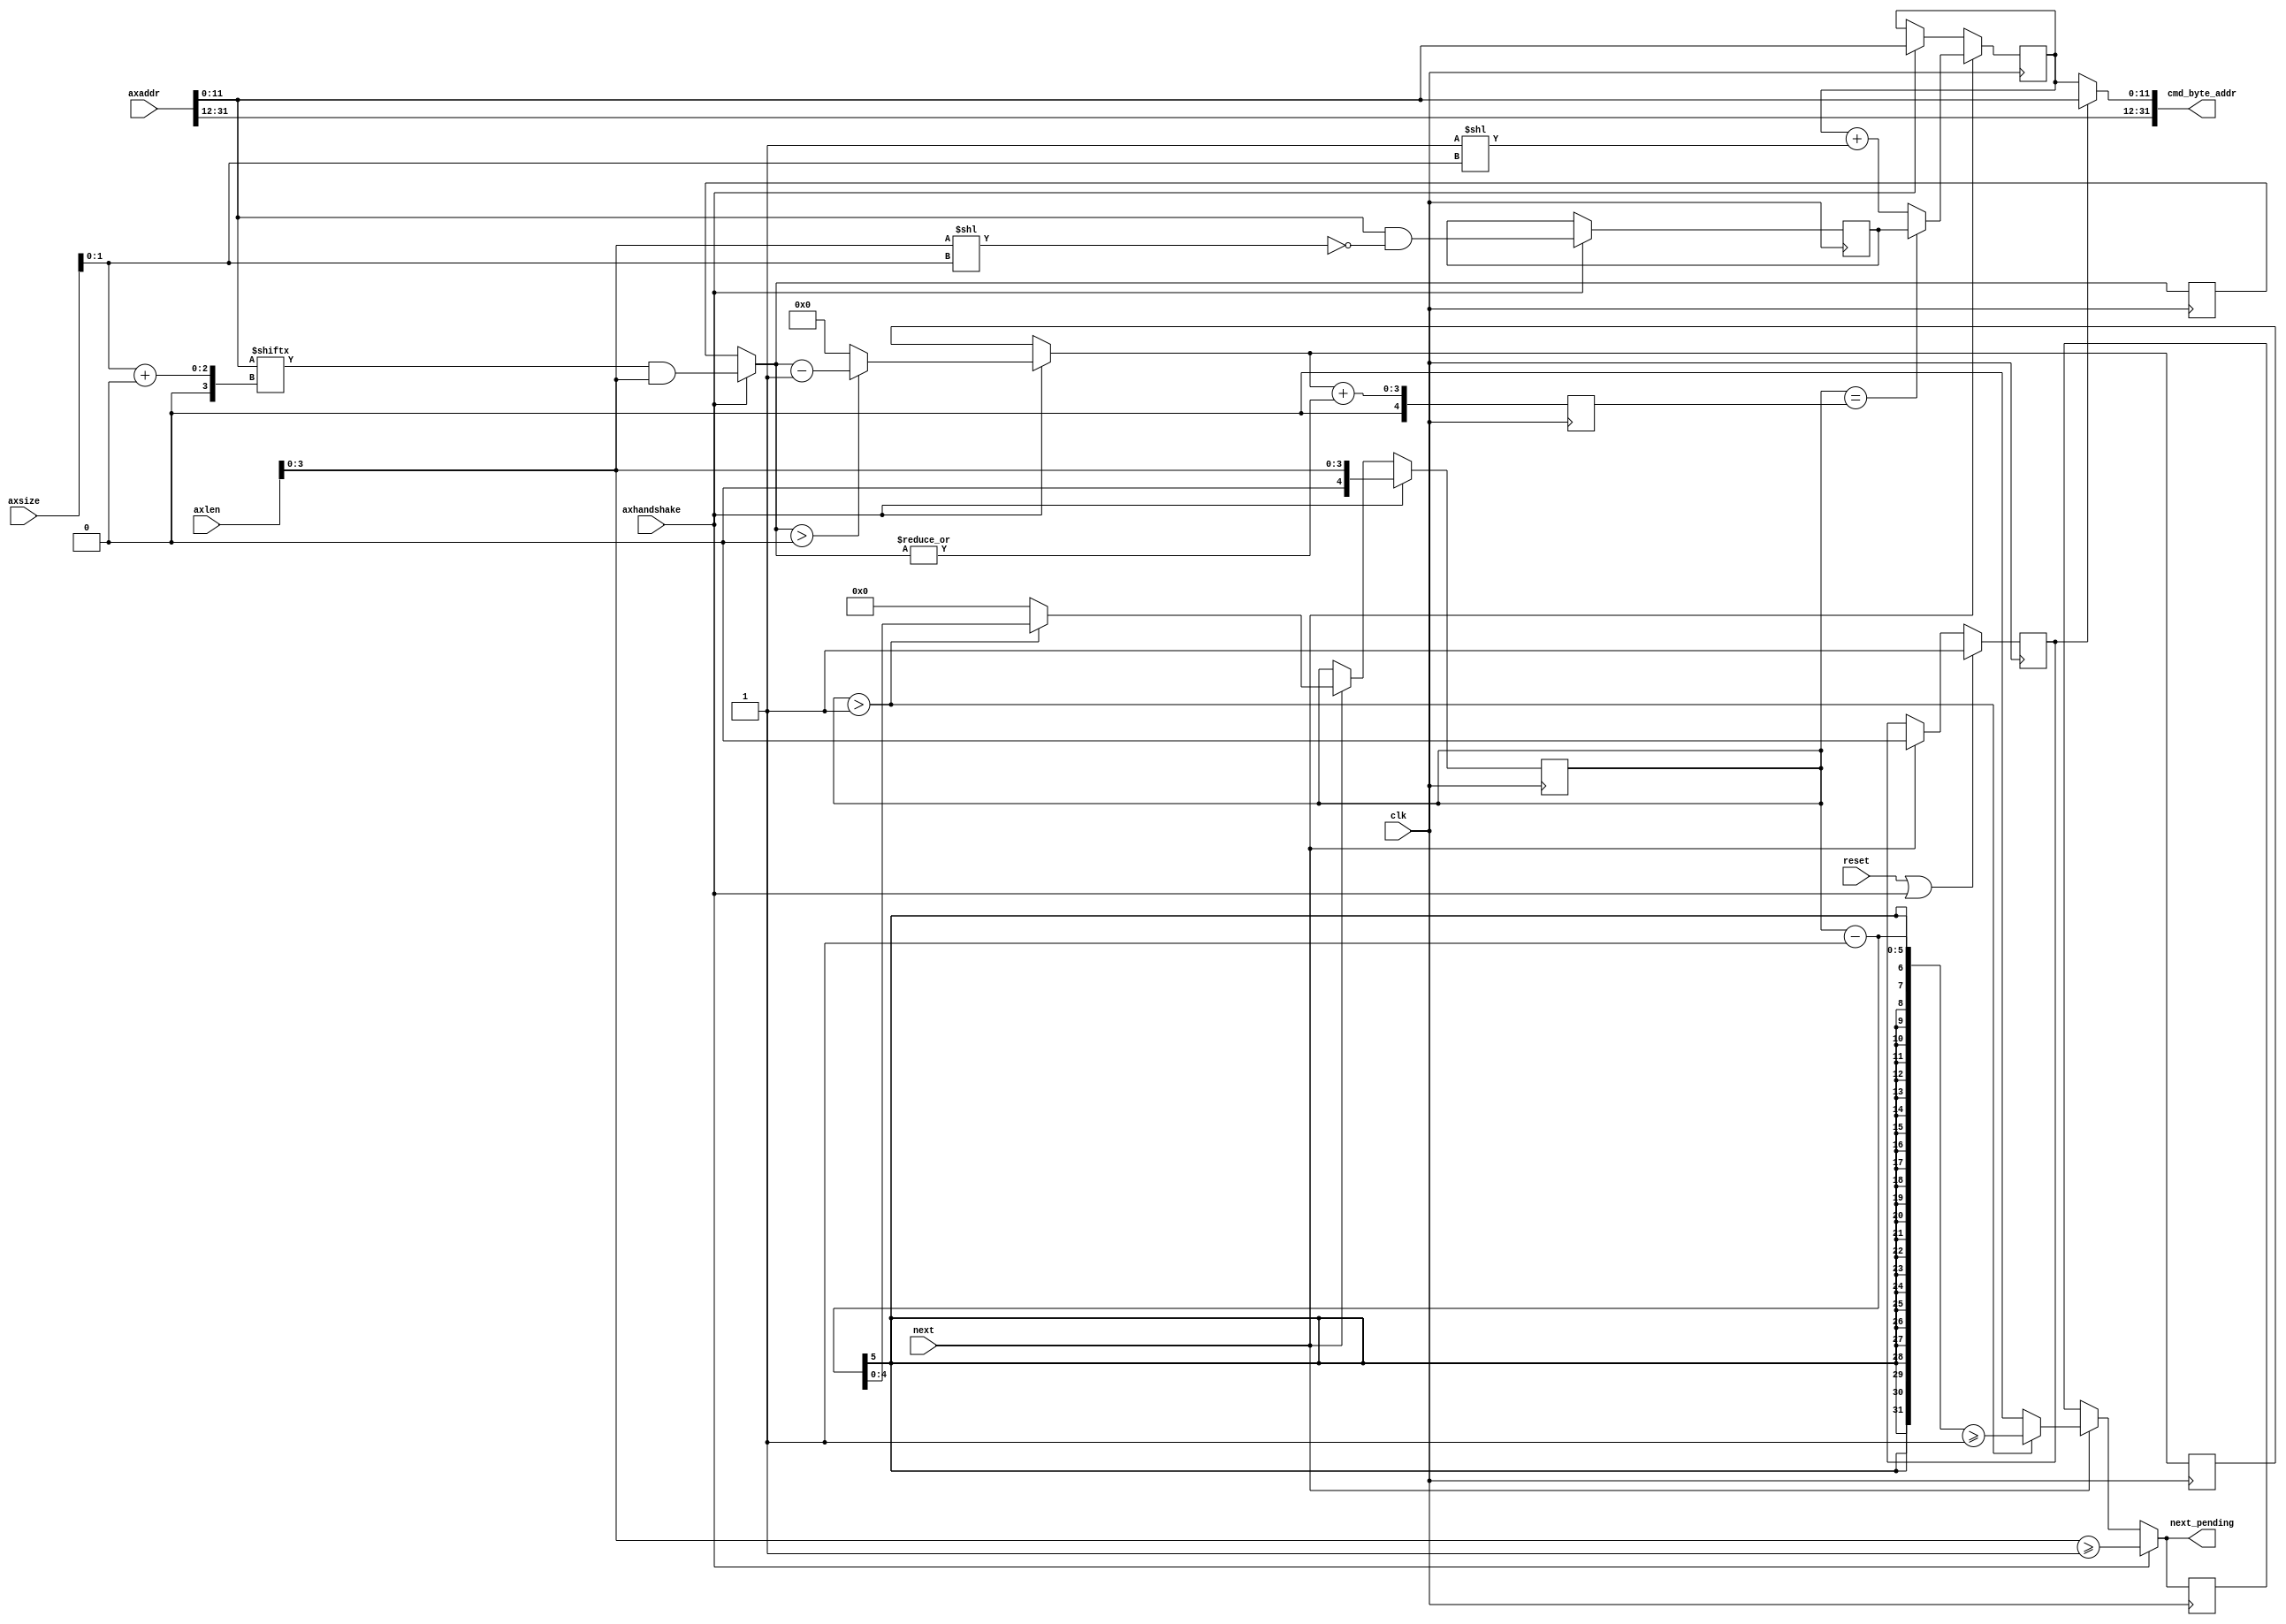
///////////////////////////////////////////////////////////////////////////////
//
//
///////////////////////////////////////////////////////////////////////////////

`timescale 1ps/1ps
`default_nettype none

(* DowngradeIPIdentifiedWarnings="yes" *) 
module axi_protocol_converter_v2_1_7_b2s_wrap_cmd #
(
///////////////////////////////////////////////////////////////////////////////
// Parameter Definitions
///////////////////////////////////////////////////////////////////////////////
                    // Width of AxADDR
                    // Range: 32.
  parameter integer C_AXI_ADDR_WIDTH            = 32
)
(
///////////////////////////////////////////////////////////////////////////////
// Port Declarations     
///////////////////////////////////////////////////////////////////////////////
  input  wire                                 clk           , 
  input  wire                                 reset         , 
  input  wire [C_AXI_ADDR_WIDTH-1:0]          axaddr        , 
  input  wire [7:0]                           axlen         , 
  input  wire [2:0]                           axsize        , 
  // axhandshake = axvalid & axready
  input  wire                                 axhandshake   , 
  output wire [C_AXI_ADDR_WIDTH-1:0]          cmd_byte_addr , 

  // Connections to/from fsm module
  // signal to increment to the next mc transaction 
  input  wire                                 next          , 
  // signal to the fsm there is another transaction required
  output reg                                  next_pending 

);
////////////////////////////////////////////////////////////////////////////////
// Wire and register declarations
////////////////////////////////////////////////////////////////////////////////
reg                         sel_first;
wire [11:0]                 axaddr_i;
wire [3:0]                  axlen_i;
reg  [11:0]                 wrap_boundary_axaddr;
reg  [3:0]                  axaddr_offset;
reg  [3:0]                  wrap_second_len;
reg  [11:0]                 wrap_boundary_axaddr_r;
reg  [3:0]                  axaddr_offset_r;
reg  [3:0]                  wrap_second_len_r;
reg  [4:0]                  axlen_cnt;
reg  [4:0]                  wrap_cnt_r;
wire [4:0]                  wrap_cnt;
reg  [11:0]                 axaddr_wrap;
reg                         next_pending_r;

localparam    L_AXI_ADDR_LOW_BIT = (C_AXI_ADDR_WIDTH >= 12) ? 12 : 11;

////////////////////////////////////////////////////////////////////////////////
// BEGIN RTL
////////////////////////////////////////////////////////////////////////////////
generate
  if (C_AXI_ADDR_WIDTH > 12) begin : ADDR_GT_4K
    assign cmd_byte_addr = (sel_first) ? axaddr : {axaddr[C_AXI_ADDR_WIDTH-1:L_AXI_ADDR_LOW_BIT],axaddr_wrap[11:0]};
  end else begin : ADDR_4K
    assign cmd_byte_addr = (sel_first) ? axaddr : axaddr_wrap[11:0];
  end
endgenerate

assign axaddr_i = axaddr[11:0];
assign axlen_i = axlen[3:0];

// Mask bits based on transaction length to get wrap boundary low address
// Offset used to calculate the length of each transaction
always @( * ) begin
  if(axhandshake) begin
    wrap_boundary_axaddr = axaddr_i & ~(axlen_i << axsize[1:0]);
    axaddr_offset = axaddr_i[axsize[1:0] +: 4] & axlen_i;
  end else begin
    wrap_boundary_axaddr = wrap_boundary_axaddr_r;
    axaddr_offset = axaddr_offset_r; 
  end
end

//    case (axsize[1:0])
//      2'b00   : axaddr_offset = axaddr_i[4:0] & axlen_i;
//      2'b01   : axaddr_offset = axaddr_i[5:1] & axlen_i;
//      2'b10   : axaddr_offset = axaddr_i[6:2] & axlen_i;
//      2'b11   : axaddr_offset = axaddr_i[7:3] & axlen_i;
//      default : axaddr_offset = axaddr_i[7:3] & axlen_i;
//    endcase

// The first and the second command from the wrap transaction could
// be of odd length or even length with address offset. This will be 
// an issue with BL8, extra transactions have to be issued.
// Rounding up the length to account for extra transactions. 
always @( * ) begin
  if(axhandshake) begin
    wrap_second_len = (axaddr_offset >0) ? axaddr_offset - 1 : 0;
  end else begin
    wrap_second_len = wrap_second_len_r;
  end
end

// registering to be used in the combo logic. 
always @(posedge clk) begin
  wrap_boundary_axaddr_r <= wrap_boundary_axaddr;
  axaddr_offset_r <= axaddr_offset;
  wrap_second_len_r <= wrap_second_len;
end
   
// determining if extra data is required for even offsets

// wrap_cnt used to switch the address for first and second transaction.
assign wrap_cnt = {1'b0, wrap_second_len + {3'b000, (|axaddr_offset)}}; 

always @(posedge clk)
  wrap_cnt_r <= wrap_cnt;

always @(posedge clk) begin
  if (axhandshake) begin
    axaddr_wrap <= axaddr[11:0];
  end if(next)begin
    if(axlen_cnt == wrap_cnt_r) begin
      axaddr_wrap <= wrap_boundary_axaddr_r;
    end else begin
      axaddr_wrap <= axaddr_wrap + (1 << axsize[1:0]);
    end
  end
end 



// Even numbber of transactions with offset, inc len by 2 for BL8
always @(posedge clk) begin
  if (axhandshake)begin
    axlen_cnt <= axlen_i;
    next_pending_r <= axlen_i >= 1;
  end else if (next) begin
    if (axlen_cnt > 1) begin
      axlen_cnt <= axlen_cnt - 1;
      next_pending_r <= (axlen_cnt - 1) >= 1;
    end else begin
      axlen_cnt <= 5'd0;
      next_pending_r <= 1'b0;
    end
  end  
end  

always @( * ) begin
  if (axhandshake)begin
    next_pending = axlen_i >= 1;
  end else if (next) begin
    if (axlen_cnt > 1) begin
      next_pending = (axlen_cnt - 1) >= 1;
    end else begin
      next_pending = 1'b0;
    end
  end else begin
    next_pending = next_pending_r;
  end 
end  

// last and ignore signals to data channel. These signals are used for
// BL8 to ignore and insert data for even len transactions with offset
// and odd len transactions
// For odd len transactions with no offset the last read is ignored and
// last write is masked
// For odd len transactions with offset the first read is ignored and
// first write is masked
// For even len transactions with offset the last & first read is ignored and
// last& first  write is masked
// For even len transactions no ingnores or masks. 


// Indicates if we are on the first transaction of a mc translation with more
// than 1 transaction.
always @(posedge clk) begin
  if (reset | axhandshake) begin
    sel_first <= 1'b1;
  end else if (next) begin
    sel_first <= 1'b0;
  end
end

endmodule
`default_nettype wire